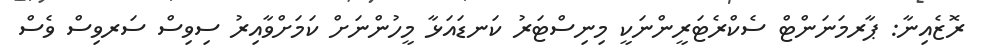
ރޮޒެއިނާ: ޕާރމަނަންޓް ސެކްރެޓަރީންނަކީ މިނިސްޓަރު ކަނޑައަޅާ މީހުންނަށް ކަމަށްވާއިރު ސިވިސް ސަރވިސް ވެސް